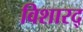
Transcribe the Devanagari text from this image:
विशारद्